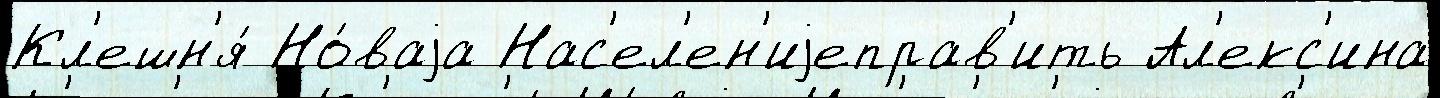
Кл'ешн'я́ Но́ваjа Нас'ел'ен'иjеправ'ить Ал'екс'ина